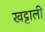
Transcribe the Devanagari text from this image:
खट्टाली